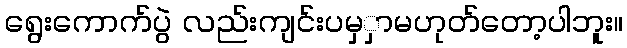
ရွေးကောက်ပွဲ လည်းကျင်းပမှှာမဟုတ်တော့ပါဘူး။